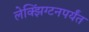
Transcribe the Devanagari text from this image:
लेक्झिंग्टनपर्यंत